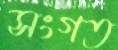
সংগত